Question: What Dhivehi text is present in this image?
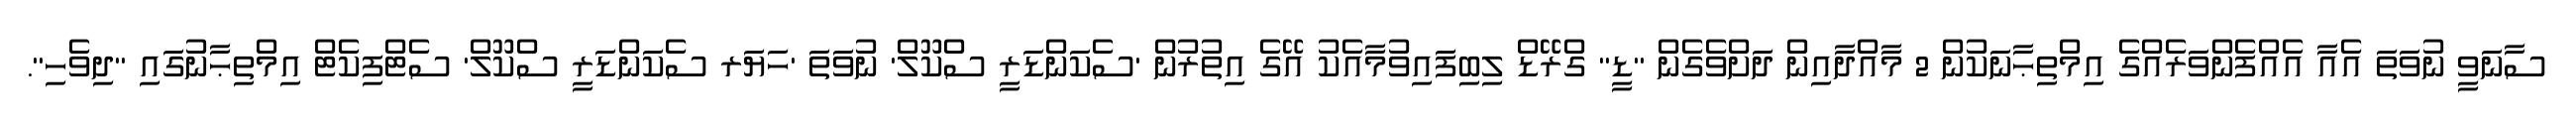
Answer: ސާނަވީ ނުވަތަ އެއާ އެއްފެންވަރެއްގެ އިމްތިޙާނަކުން 2 މާއްދާއިން ދަށްވެގެން "ޑީ" ގްރޭޑް ލިބިފައިވުމާއެކު އޭގެ އިތުރުން 'ސެކަންޑަރީ ސްކޫލް' ނުވަތަ 'ހަޔަރ ސެކަންޑަރީ ސްކޫލް' ސެޓްފިކެޓް އިމްތިޙާނުގައި "ދިވެހި".